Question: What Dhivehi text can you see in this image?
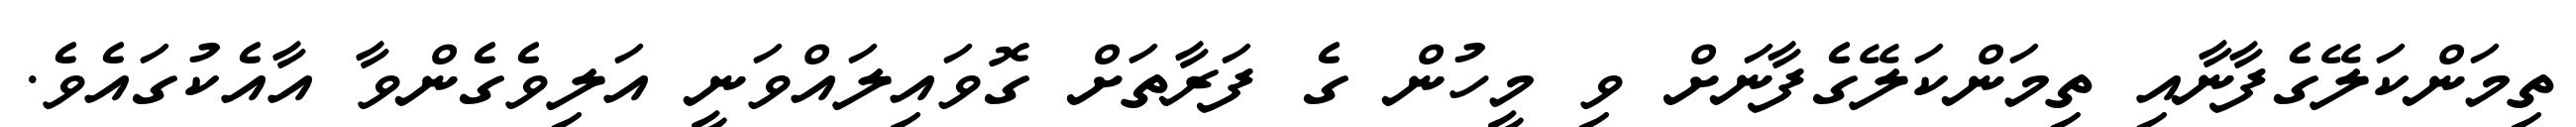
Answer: ތިމަންކަލޭގެފާނާއި ތިމަންކަލޭގެފާނަށް ވި މީހުން ގެ ފަރާތަށް ގޮވައިލައްވަނީ އަލިވެގެންވާ އާއެކުގައެވެ.